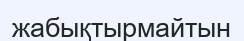
жабықтырмайтын